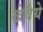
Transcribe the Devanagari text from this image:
खेवैये